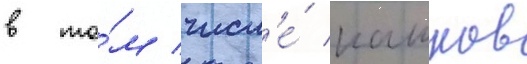
в то́м числ'е́ кашков